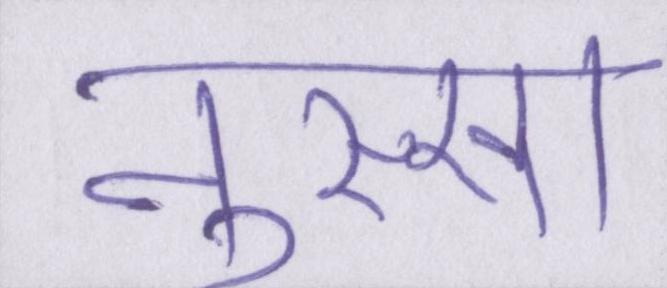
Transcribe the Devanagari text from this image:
नुस्खा